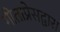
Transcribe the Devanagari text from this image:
गीताप्रेसद्वारा